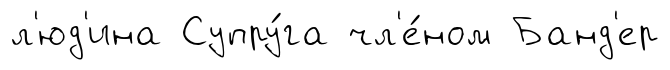
л'юд'ина Супру́га чл'е́ном Банд'ер